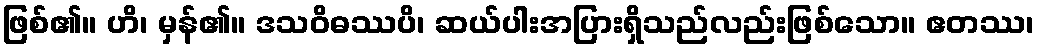
ဖြစ်၏။ ဟိ၊ မှန်၏။ ဒသဝိဓဿပိ၊ ဆယ်ပါးအပြားရှိသည်လည်းဖြစ်သော။ ဧတဿ၊